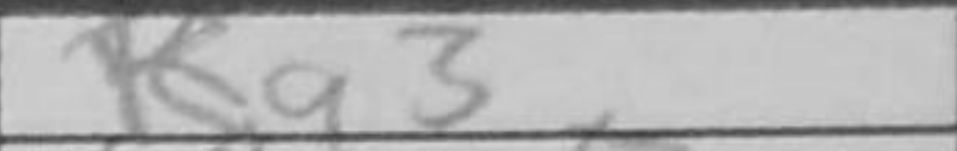
Transcription: Ra3